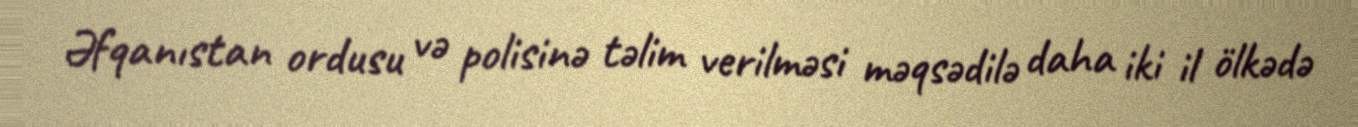
Əfqanıstan ordusu və polisinə təlim verilməsi məqsədilə daha iki il ölkədə